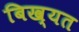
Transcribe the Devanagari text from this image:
बिख्यत